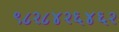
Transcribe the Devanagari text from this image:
९८२८४२६४६२